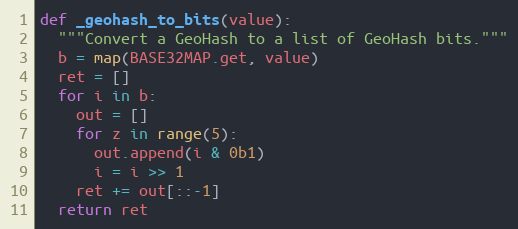
Language: Python
def _geohash_to_bits(value):
  """Convert a GeoHash to a list of GeoHash bits."""
  b = map(BASE32MAP.get, value)
  ret = []
  for i in b:
    out = []
    for z in range(5):
      out.append(i & 0b1)
      i = i >> 1
    ret += out[::-1]
  return ret